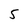
Character: 5